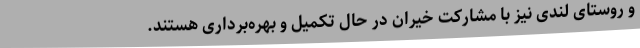
و روستای لندی نیز با مشارکت خیران در حال تکمیل و بهره‌برداری هستند.